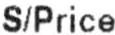
S/PRICE